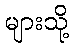
များသို့